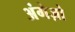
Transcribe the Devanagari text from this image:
अंगेज़ो